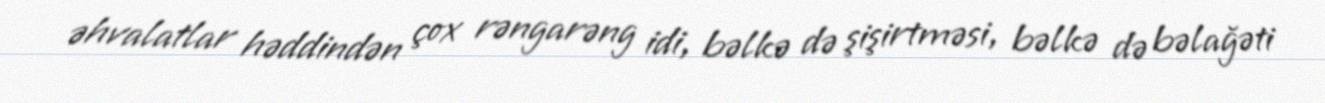
əhvalatlar həddindən çox rəngarəng idi, bəlkə də şişirtməsi, bəlkə də bəlağəti